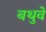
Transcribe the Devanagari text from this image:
बथुवे